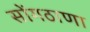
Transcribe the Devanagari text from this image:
सोंगठाणा